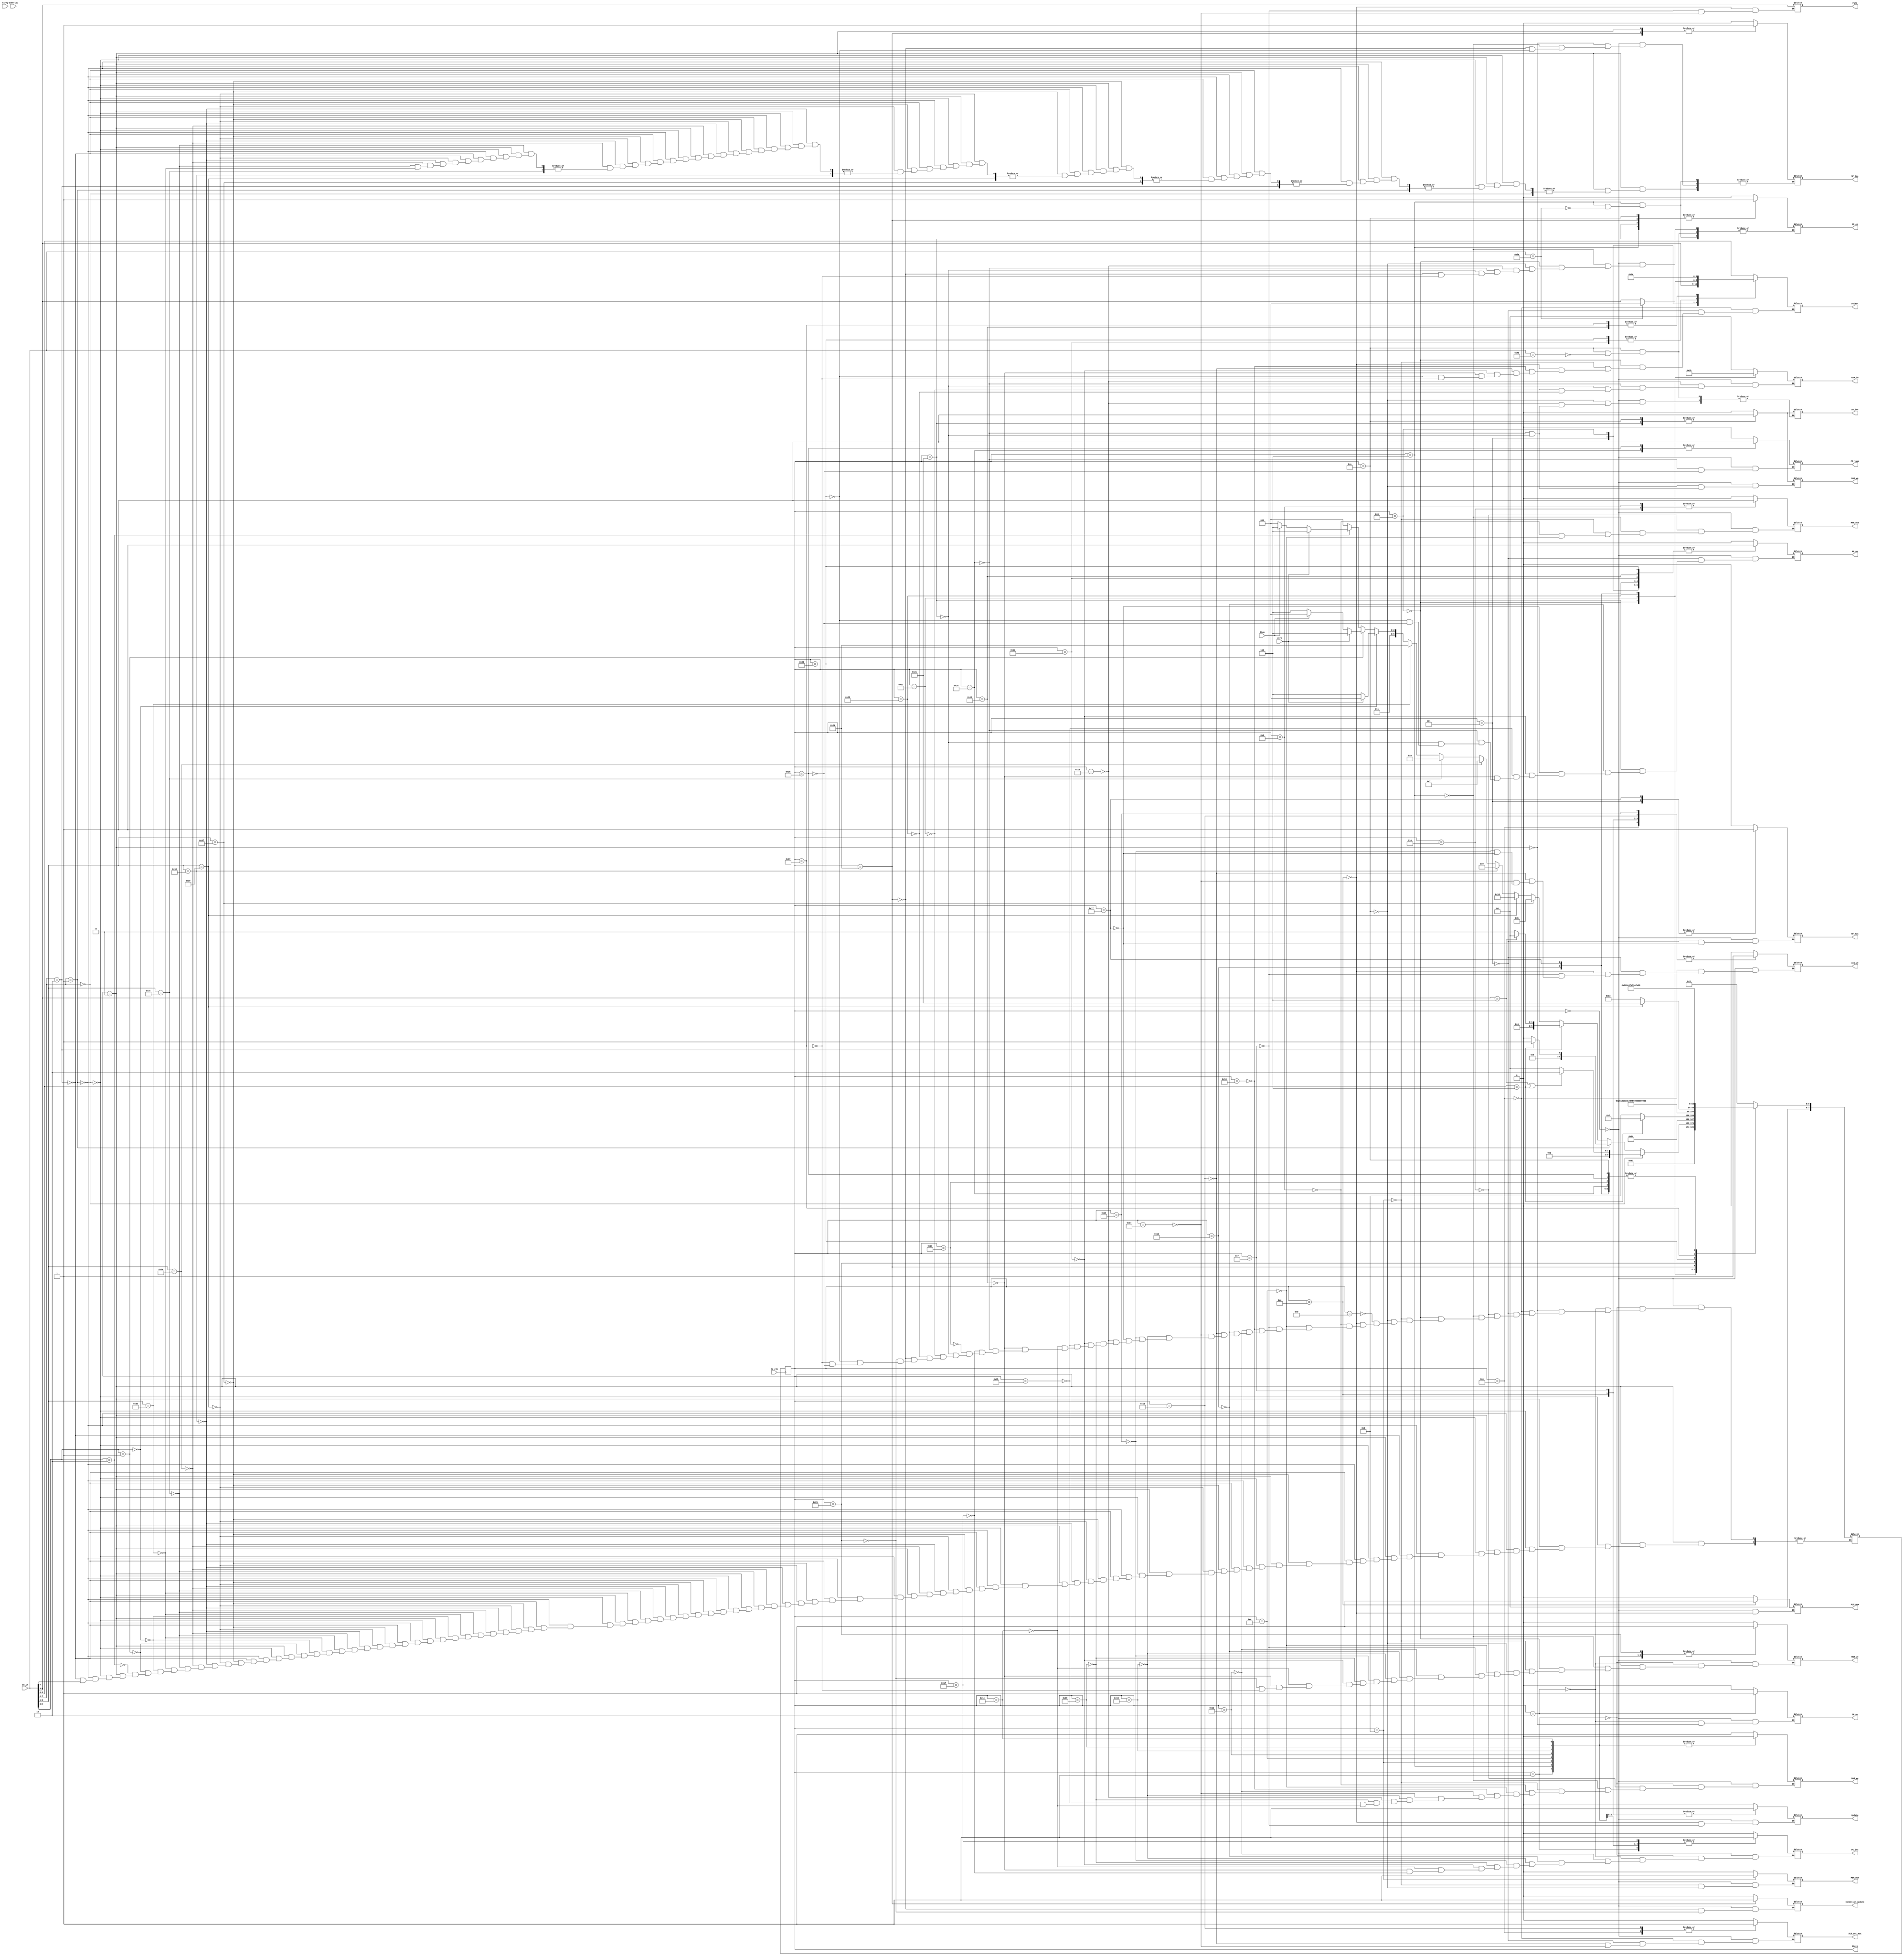
`timescale 1ns / 1ps
//////////////////////////////////////////////////////////////////////////////////
// Company: 
// Engineer: 
// 
// Design Name: 
// Module Name:    CU 
// Project Name: 
// Target Devices: 
// Tool versions: 
// Description: 
//
// Dependencies: 
//
// Revision: 
// Revision 0.01 - File Created
// Additional Comments: 
//
//////////////////////////////////////////////////////////////////////////////////
module CU(CU_in,MBR_we,IR_we,PC_inc,PC_jump,RF_we,Acc_we,MAR_we,RAM_we,
		ALU_mux,RF_mux,ALU_out_mux,MAR_mux,MBR_mux,Select,Func,CU_clk,State,
		Zero, Sign, Overflow, Carry,Update,SP_en,RAM_in,SP_inc,SP_dec,Condition_update
    );
	
	input[7:0] CU_in;
	output MBR_we,IR_we,PC_inc,PC_jump,RF_we,Acc_we,MAR_we,RAM_we,ALU_mux,RF_mux,ALU_out_mux,MAR_mux,MBR_mux,Update,SP_en,SP_inc,SP_dec,Condition_update;
	output[2:0] Select,Func;
	output[1:0] RAM_in;
	input CU_clk;
	output[7:0] State;
	input Zero, Sign, Overflow, Carry;
	
	reg  MBR_we,IR_we,PC_inc,PC_jump,RF_we,Acc_we,MAR_we,RAM_we,ALU_mux,RF_mux,ALU_out_mux,MAR_mux,MBR_mux,Update,SP_en,SP_inc,SP_dec,Condition_update;
	reg[2:0] Select,Func;
	reg[1:0] RAM_in;
	reg[7:0] State=0,nextstate;
	
	
	parameter s0=0, s1=1, s2=2, s3=3, s4=4, s5=5, s6=6, s7=7, s8=8, s9=9, s10=10, s11=11, s12=12, s13=13, s14=14, s15=15,
					s16=16, s17=17, s18=18, s19=19, s20=20, s21=21, s22=22, s23=23, s24=24, s25=25, s26=26, s27=27, s28=28,
					s29=29, s30=30, s31=31, s32=32, s33=33, s34=34, s35=35, s36=36, s37=37, s38=38, s39=39, s40=40;
	
	always @(posedge CU_clk)
	begin
		State <= nextstate;	
	end

	always @(State)
	begin
	 case(State)
		s0: 
			begin
				RAM_we=0;
				MBR_we=0;
				IR_we=0;
				PC_inc=0;
				PC_jump=0;
				RF_we=0;
				Acc_we=0;
				MAR_we=1;
				ALU_mux=0;
				RF_mux=0;
				ALU_out_mux=0;
				MAR_mux=0;
				MBR_mux=0;
				Update=0;
				RAM_in=2'b00;
				SP_en=0;
				SP_inc=0;
				SP_dec=0;
				Condition_update = 0;
				nextstate = s1; //PAPAM
			end
		s1:
			begin
				MBR_we=1;
				PC_inc=1;
				MAR_we=0;
				nextstate = s2;
			end
		s2:
			begin
				MBR_we=0;
				IR_we=1;
				PC_inc=0;
				nextstate=s3;
			end	
		s3: //Decoder
			begin
				IR_we=0;
			if( CU_in[7:6] == 2'b00)
				begin
					if( (CU_in[5:3]==3'b111) || (CU_in[2:0] == 3'b111) )
						nextstate = s6; // MOV M REG || MOV REG M
					else
						nextstate = s4; // MOV REG REG
				end
			else if(CU_in[7:6] == 2'b01)
				begin
					if(CU_in[2:0] == 3'b111)
						nextstate = s13; // ADD M
					else 	
						nextstate = s12;// ADD REG
				end
			else if(CU_in[7:6] == 2'b10)
				begin
					if(CU_in[5:3] == 3'b111)
						nextstate = s16; //MVI
					else
						nextstate =s19; // ADDI
				end
			else
				begin
				if(CU_in[5] == 0)
					nextstate = s24;  // JUMP UNCONDITIONAL
				if(CU_in[5:0] == 6'b111111)
					nextstate = s11; // HALT
				else if(CU_in[5:0] == 6'b111001)  //CALL 
					nextstate = s24;
				else if(CU_in[5:0] == 6'b111000) // PUSH
					nextstate = s9;
				else if(CU_in[5:0] == 6'b111010) // POP
					begin
					nextstate = s7;
					SP_dec=1;
					end
				else if(CU_in[5:0] == 6'b111100)//NOP
					begin
						nextstate = s0;
					end	
				else if(CU_in[5:0] == 6'b111011)//RETURN
					begin
					nextstate = s36;
					SP_dec=1;
					end
				else 
					begin
						if(CU_in[4:3] == 2'b00)
							 nextstate = Zero ? s24: s31; // JUMP ON EQUAL
						else if(CU_in[4:3] == 2'b01)	
							 nextstate = Zero ? s31: (Sign ? s24: s31); // JUMP ON LESS THAN
						else if(CU_in[4:3] == 2'b10)	 
							nextstate = Zero ? s31: (Sign ? s31: s24); // JUMP ON GREATER THAN
						
					end
				end
			end
		s4:
			begin
				Acc_we=1;
				ALU_out_mux=1;
				Select = CU_in[2:0];
				nextstate = s5;
			end
		s5:
			begin
				RF_we=1;
				Acc_we=0;
				RF_mux= 1;
				ALU_out_mux=0;
				Select = CU_in[5:3];
				nextstate = s0;
			end	

		s6: 			//MAR <= FG
			begin
				MAR_we=1;
				MAR_mux=1;
				if(CU_in[2:0] == 3'b111)
					nextstate = s7;
				else
					nextstate = s9;
			end
		s7:			//MBR <= RAM[MAR]
			begin
				MBR_we=1;
				MAR_we=0;
				MAR_mux=0;
				if(CU_in[7:0] == 8'b11111010)
					begin
						SP_en=1;
						SP_dec=0;
					end
				nextstate = s8;
			end
		s8:				//REG <= MBR
			begin
				MBR_we=0;
				RF_we=1;
				Select = CU_in[5:3];
				if(CU_in[7:0] == 8'b11111010)
					begin
						Select = 3'b000;
					end
				SP_en=0;
				nextstate = s0;
			end
		
		s9:			//MBR <= REG
			begin
				MBR_we=1;
				MAR_we=0;
				MAR_mux=0;
				MBR_mux=1;
				Select = CU_in[2:0];
				nextstate = s10;
			end
		s10:		//RAM[MAR] <= MBR
			begin
				RAM_we=1;
				MBR_we=0;
				MBR_mux=0;
				if(CU_in[7:0] == 8'b11111000)
					begin
					SP_en=1;
					SP_inc=1;
					end
				nextstate = s0;
			end			
		s11: //halt
			begin
				nextstate = s11;
			end
		s12: // Alu reg 
			begin
				Acc_we=1;
				ALU_mux=1;
				Select = CU_in[2:0];
				Func = CU_in[5:3];
				Update = 1;
				nextstate = s0;
			end
		s13:  
			begin
				MAR_we=1;
				MAR_mux=1;
				nextstate = s14;
			end
		s14:  
			begin
				MBR_we=1;
				MAR_we=0;
				MAR_mux=0;
				nextstate = s15;
			end
		s15:  
			begin
				MBR_we=0;
				Acc_we=1;
				Func = CU_in[5:3];
				Update = 1;
				nextstate = s0;
			end
		s16: //MAR <= PC
			begin
				MAR_we=1;
				Select = CU_in[2:0];
				nextstate = s17;				
			end
		s17:  //MBR <= RAM[MAR] , PC++
			begin
				MBR_we=1;
				PC_inc=1;
				MAR_we=0;
				nextstate = s18;				
			end
		s18:
			begin
				MBR_we=0;
				PC_inc=0;
				RF_we=1;
				nextstate = s0;				
			end
		s19: // ACC <= REG
			begin
				Acc_we=1;
				ALU_out_mux=1;
				Select = CU_in[2:0];
				nextstate = s20;				
			end			
		s20:  //MAR <=PC
			begin
				Acc_we=0;
				MAR_we=1;
				ALU_out_mux=0;
				Func = CU_in[5:3];	
				nextstate = s21;
			end		
		s21:
			begin
				MBR_we=1;
				PC_inc=1;
				MAR_we=0;
				nextstate = s22;				
			end			
		s22:
			begin
				MBR_we=0;
				PC_inc=0;
				Acc_we=1;
				nextstate = s23;				
			end
		s23:
			begin
				RF_we=1;
				Acc_we=0;
				RF_mux=1;
				nextstate = s0;				
			end
		s24: //MAR = PC
			begin
				MAR_we=1;
				RAM_in=2'b00;
				SP_en=0;
				SP_inc=0;
				nextstate = s25;
			end
		s25: // MBR = RAM
			begin
				MBR_we=1;
				PC_inc=1;
				MAR_we=0;
				nextstate = s26;				
			end
		s26: 		//F = MBR
			begin
				MBR_we=0;
				PC_inc=0;
				RF_we=1;
				Select = 3'b101;
				nextstate = s27;				
			end
		s27:		
			begin
				RF_we=0;
				MAR_we=1;
				nextstate = s28;				
			end			
		s28:
			begin
				MBR_we=1;
				PC_inc=1;
				MAR_we=0;
				nextstate = s29;				
			end
		s29:
			begin
				MBR_we=0;
				PC_inc=0;
				RF_we=1;
				Select = 3'b110;
				if(CU_in[5:0] == 6'b111001)
					nextstate = s33;
				else	
					nextstate = s30;				
			end
		s30:
			begin
				RAM_we=0;
				PC_jump=1;
				RF_we=0;
				RAM_in=2'b00;
				SP_en=0;
				SP_inc=0;
				nextstate = s0;				
			end
		s31: // PC++
			begin
				PC_inc=1;
				nextstate = s32;				
			end
		s32:	//PC++
			begin
				nextstate = s0;				
			end
		s33:	
			begin
				RAM_we=1;
				RF_we=0;
				RAM_in=2'b01;
				SP_en=1;
				SP_inc=1;
				nextstate = s34;
			end
		s34:	
			begin
				RAM_in=2'b10;
				nextstate = s35;
			end
		s35:	
			begin
				RAM_in=2'b11;
				nextstate = s30;
			end
		s36:	
			begin
				SP_en = 1;
				SP_dec =1;
				Condition_update = 1;
				nextstate = s37;
			end			
		s37:	
			begin
				MBR_we=1;
				Condition_update = 0;
				nextstate = s38;
			end
		s38:	
			begin
				RF_we=1;
				SP_dec = 0;
				Select = 3'b101;
				nextstate = s39;
			end	
		s39:	
			begin
				MBR_we=0;
				SP_en = 0;
				Select = 3'b110;
				nextstate = s40;
			end
		s40:	
			begin
				PC_jump=1;
				RF_we=0;
				nextstate = s0;
			end			
		endcase	
	end

endmodule